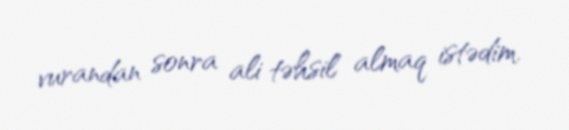
vurandan sonra ali təhsil almaq istədim.